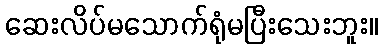
ဆေးလိပ်မသောက်ရုံမပြီးသေးဘူး။